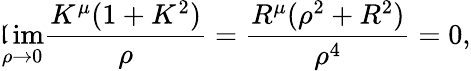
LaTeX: \operatorname*{\mathfrak{l}im}_{\rho\to0}\frac{{K^{\mu}(1+K^{2})}}{{\rho}}=\frac{{R^{\mu}(\rho^{2}+R^{2})}}{{\rho^{4}}}=0,